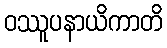
ဝဿူပနာယိကာတိ